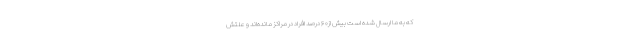
که به ما ارسال شده است بیش از۶۰ درصد افراد در مراکز مانده‌اند و علتش